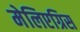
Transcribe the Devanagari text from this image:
मेलिएग्रिस